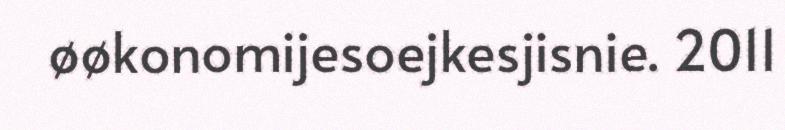
øøkonomijesoejkesjisnie. 2011